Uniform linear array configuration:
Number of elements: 16
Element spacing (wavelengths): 0.75
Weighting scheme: blackman
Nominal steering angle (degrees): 15
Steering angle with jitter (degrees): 16.04
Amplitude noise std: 0.05
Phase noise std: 0.05

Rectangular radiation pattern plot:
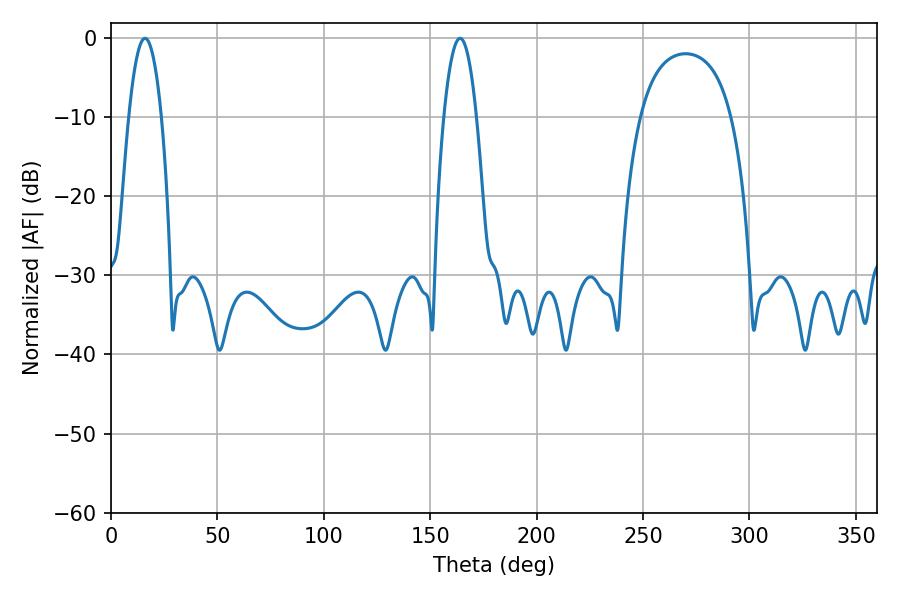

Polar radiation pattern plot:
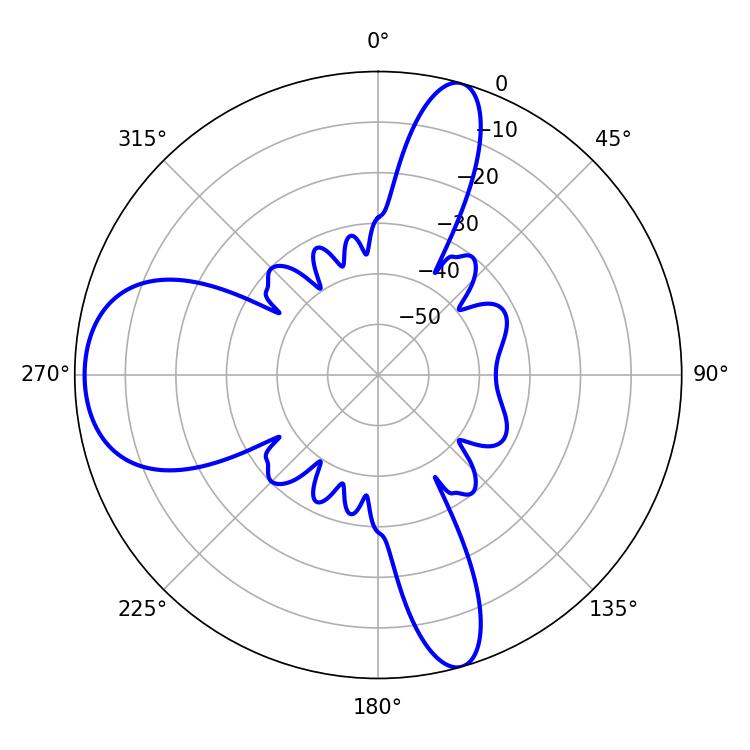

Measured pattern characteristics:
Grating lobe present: TRUE
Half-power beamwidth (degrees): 8.46
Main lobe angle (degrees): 16.02